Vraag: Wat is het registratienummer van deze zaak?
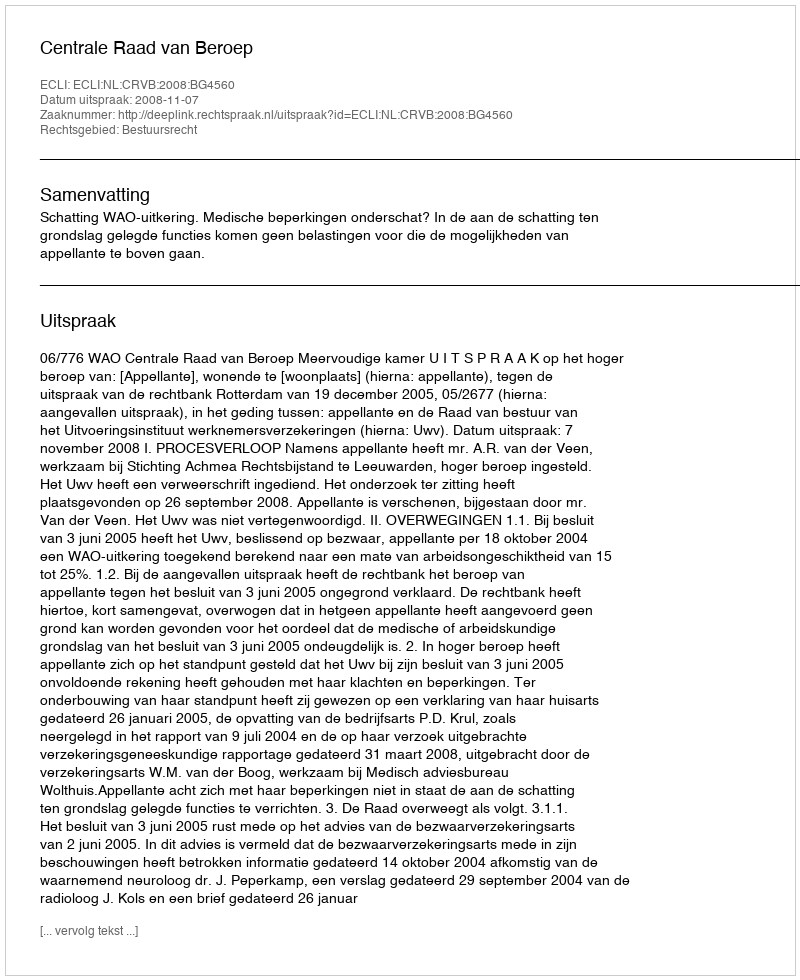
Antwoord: http://deeplink.rechtspraak.nl/uitspraak?id=ECLI:NL:CRVB:2008:BG4560